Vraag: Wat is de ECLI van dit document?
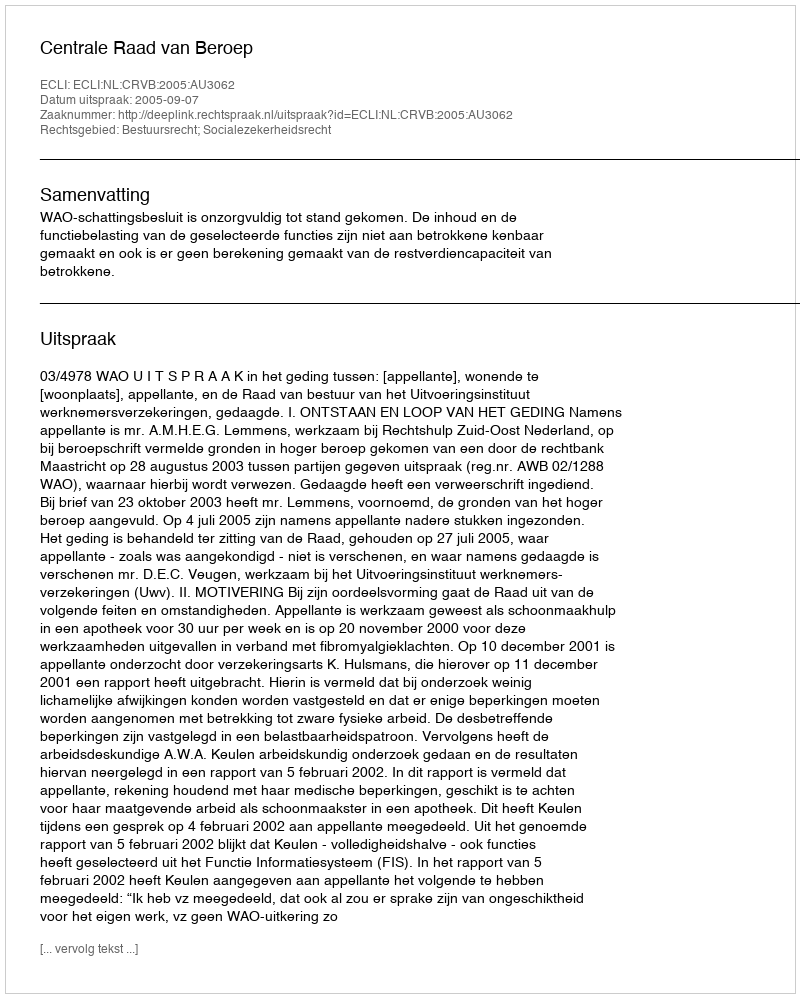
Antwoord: ECLI:NL:CRVB:2005:AU3062